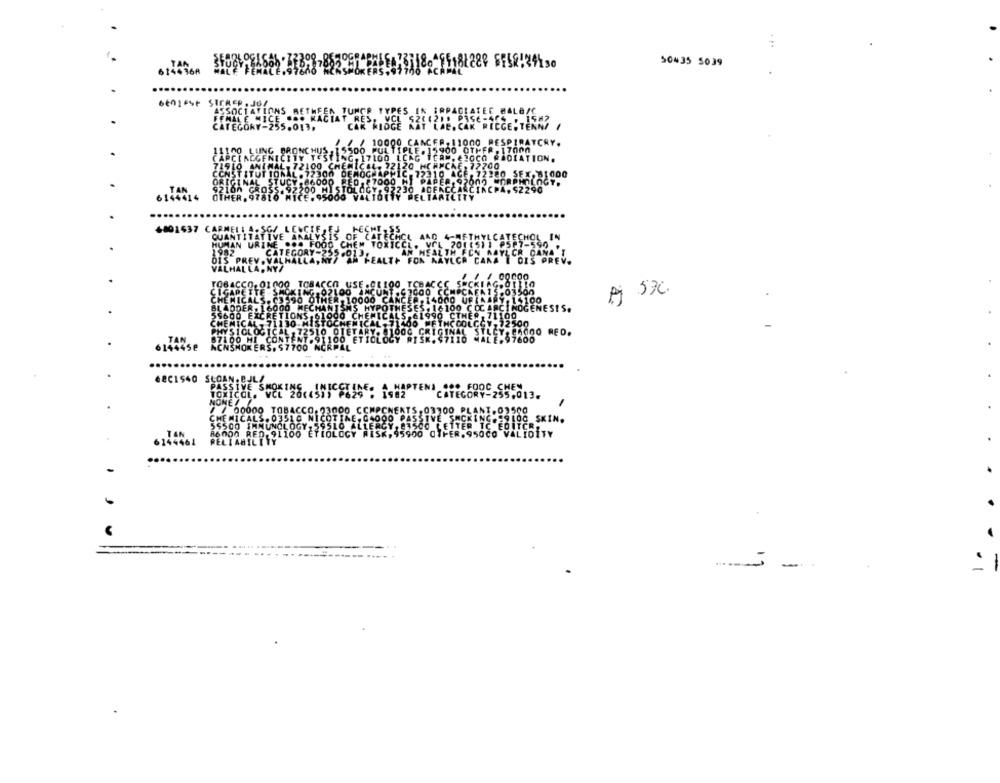
50435 5039
1181289 6158134130
ALBIE
11000
PATCRY.
000
4801537
A 57C.
68C1$40
188 SKIN.
6144461
-